Insane asylums Bombay 1873-77 - 1873-1877
Year: 1873
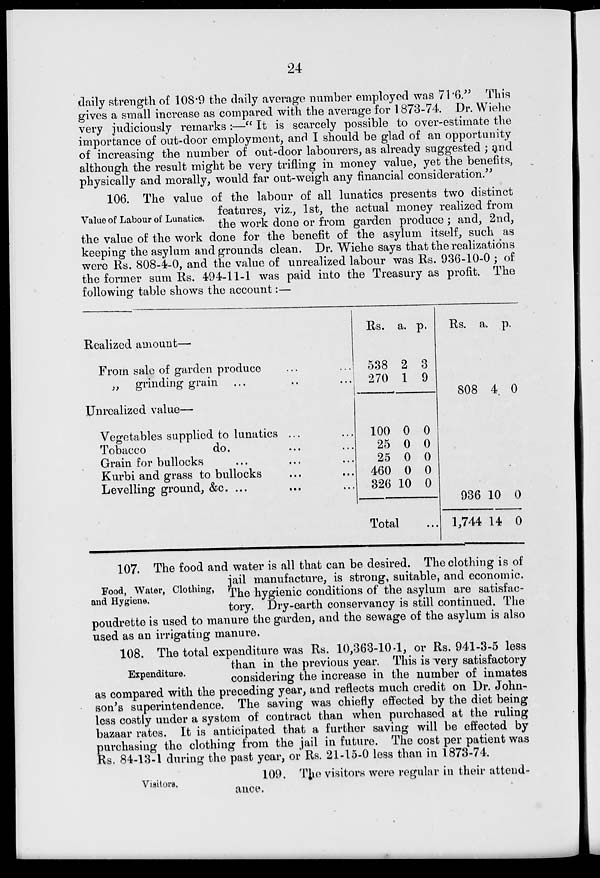
24
daily strength of 108.9 the daily average number employed was 71.6." This
gives a small increase as compared with the average for 1873-74. Dr. Wiehe
very judiciously remarks :—" It is scarcely possible to over-estimate the
importance of out-door employment, and I should be glad of an opportunity
of increasing the number of out-door labourers, as already suggested ; and
although the result might be very trifling in money value, yet the benefits,
physically and morally, would far out-weigh any financial consideration."
Value of Labour of Lunatics.
106. The value of the labour of all lunatics presents two distinct
features, viz., 1st, the actual money realized from
the work done or from garden produce ; and, 2nd,
the value of the work done for the benefit of the asylum itself, such as
keeping the asylum and grounds clean. Dr. Wiehe says that the realizations
were Rs. 808-4-0, and the value of unrealized labour was Rs. 936-10-0 ; of
the former sum Rs. 494-11-1 was paid into the Treasury as profit. The
following table shows the account :—
Realized amount—
From sale of garden produce ... ...
„ grinding grain ... ... ...
Unrealized value—
Vegetables supplied to lunatics ... ...
Tobacco
do. ... ...
Grain for bullocks ... ... ...
Kurbi and grass to bullocks ... ...
Levelling ground, &c. ... ... ...
Rs.
538
270
100
25
25
460
326
Total
a.
2
1
0
0
0
0
10
p.
3
9
0
0
0
0
0
...
Rs.
808
936
1,744
a.
4
10
14
p.
0
0
0
Food, Water, Clothing,
and Hygiene.
107. The food and water is all that can be desired. The clothing is of
jail manufacture, is strong, suitable, and economic.
The hygienic conditions of the asylum are satisfac-
tory. Dry-earth conservancy is still continued. The
poudrette is used to manure the garden, and the sewage of the asylum is also
used as an irrigating manure.
Expenditure.
108. The total expenditure was Rs. 10,363-10-1, or Rs. 941-3-5 less
than in the previous year. This is very satisfactory
considering the increase in the number of inmates
as compared with the preceding year, and reflects much credit on Dr. John-
son's superintendence. The saving was chiefly effected by the diet being
less costly under a system of contract than when purchased at the ruling
bazaar rates. It is anticipated that a further saving will be effected by
purchasing the clothing from the jail in future. The cost per patient was
Rs. 84-13-1 during the past year, or Rs. 21-15-0 less than in 1873-74.
Visitors.
109. The visitors were regular in their attend-
ance.